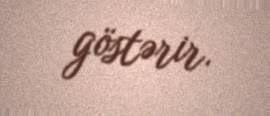
göstərir.